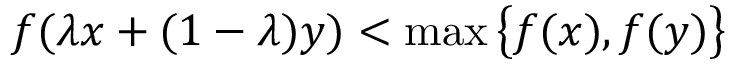
f ( \lambda x + ( 1 - \lambda ) y ) < \operatorname* { m a x } { \big \{ } f ( x ) , f ( y ) { \big \} }